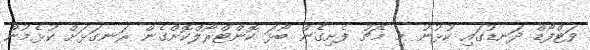
ވަޓްފޯޑް ދަނޑުގައި ކުޅުނު މި މެޗު ފެށިގެން ބޯޅަ ކޮންޓްރޯލްކޮށްގެން ރަނގަޅަށް ކުޅެމުން